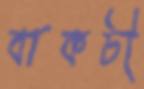
বাকচী